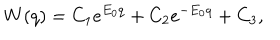
W ( q ) = C _ { 1 } e ^ { E _ { 0 } q } + C _ { 2 } e ^ { - E _ { 0 } q } + C _ { 3 } ,